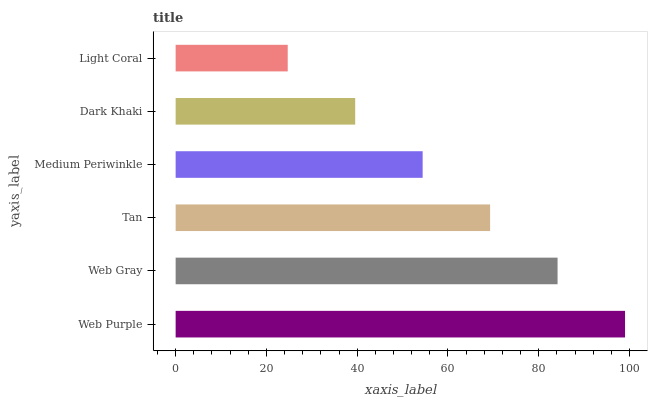
| yaxis_label | bars |
 | --- | --- |
 | Web Purple | 99 |
 | Web Gray | 84.1 |
 | Tan | 69.3 |
 | Medium Periwinkle | 54.4 |
 | Dark Khaki | 39.6 |
 | Light Coral | 24.7 |